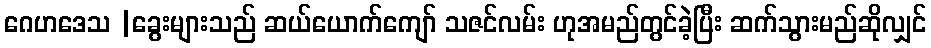
ဂေဟဒေသ |ခွေးများသည် ဆယ်ယောက်ကျော် သဇင်လမ်း ဟုအမည်တွင်ခဲ့ပြီး ဆက်သွားမည်ဆိုလျှင်